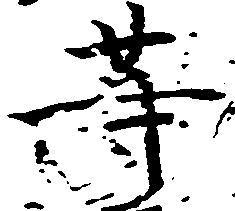
等